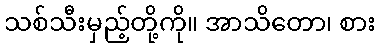
သစ်သီးမှည့်တို့ကို။ အာသိတော၊ စား